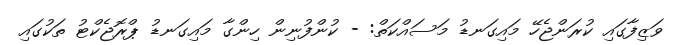
ވަޒިފާގައި ކުރަންޖެހޭ މައިގަނޑު މަސައްކަތް: - ކުންފުނިން ހިންގާ މައިގަނޑު ޕްރޮޖެކްޓު ތަކުގައި